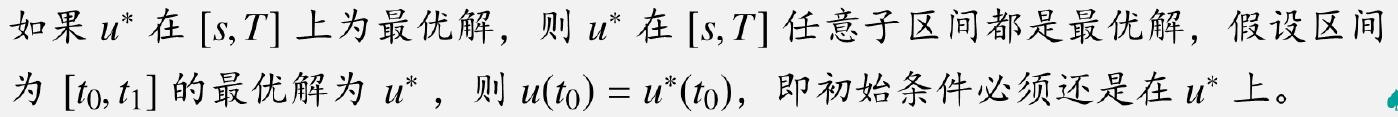
如果 $u^*$ 在 $[s,T]$ 上为最优解，则 $u^*$ 在 $[s,T]$ 任意子区间都是最优解，假设区间为 $[t_0,t_1]$ 的最优解为 $u^*$，则 $u(t_0)=u^*(t_0)$，即初始条件必须还是在 $u^*$ 上。